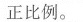
正比例。